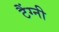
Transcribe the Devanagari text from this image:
टैंग्नी